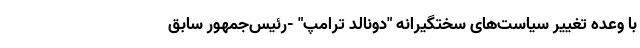
با وعده تغییر سیاست‌های سختگیرانه "دونالد ترامپ" -رئیس‌جمهور سابق